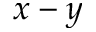
x - y